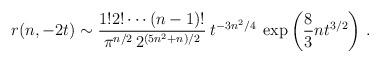
LaTeX: \begin{align*}r(n,-2t)\sim {1! 2! \cdots (n-1)!\over \pi^{n/2}\, 2^{(5n^2+n)/2}}\>t^{-3n^2/4}\>\exp\left( {8\over 3} n t^{3/2} \right ) \, .\end{align*}